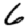
Digit: 6